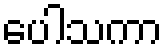
ပေါသကာ